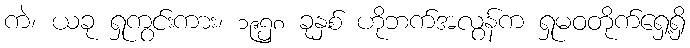
ကဲ၊ ယခု ရှုကွင်းကား၊ ၁၉၅၈ ခုနှစ် ဟိုဘက်အလွန်က ရှုမဝတိုက်ရှေ့ရှိ